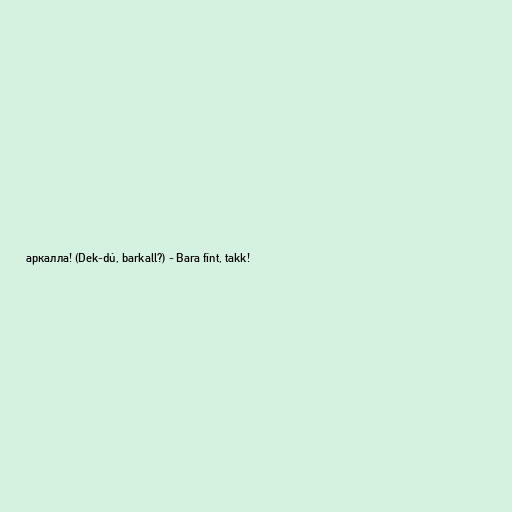
аркалла! (Dek-dú, barkall?) - Bara fínt, takk!